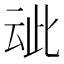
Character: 𬽁